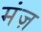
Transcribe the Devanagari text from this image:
मंज़